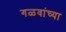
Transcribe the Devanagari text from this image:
गळवांच्या